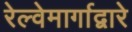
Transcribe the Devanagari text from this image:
रेल्वेमार्गाद्वारे